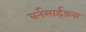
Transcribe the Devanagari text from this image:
बर्नसाईडला